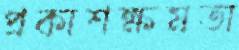
প্রকাশক্ষমতা